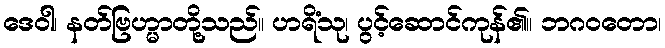
ဒေဝါ၊ နတ်ဗြဟ္မာတို့သည်။ ဟရိံသု၊ ပွင့်ဆောင်ကုန်၏။ ဘဂဝတော၊